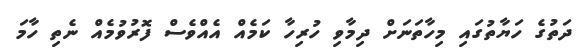
ދަތުގެ ހަޔާތުގައި މިހާތަނަށް ދިމާވި ހުރިހާ ކަމެއް އެއްވެސް ފޮރުވުމެއް ނެތި ހާމަ